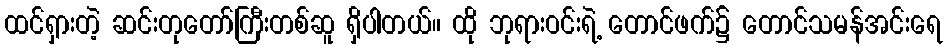
ထင်ရှားတဲ့ ဆင်းတုတော်ကြီးတစ်ဆူ ရှိပါတယ်။ ထို ဘုရားဝင်းရဲ့ တောင်ဖက်၌ တောင်သမန်အင်းရေ